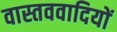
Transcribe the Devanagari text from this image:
वास्तववादियों